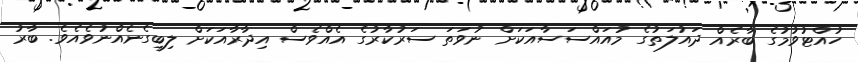
ހުއްޓުވުމުގެ ބާރެއް ދައުލަތުގެ މުއައްސަސާއަކަށް ނުވަތަ ސަރުކާރުގެ އެއްވެސް އިދާރާއަކަށް ލިބިގެނެއްނުވެއެވެ. ބާރު